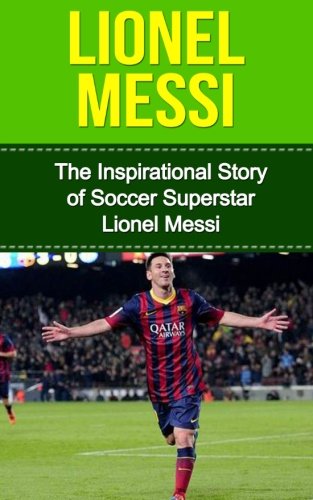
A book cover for Lionel Messi: The Inspirational Story of Soccer (Football) Superstar Lionel Messi (Lionel Messi Unauthorized Biography, Argentina, FC Barcelona, Champions League); Bill Redban; Biographies & Memoirs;